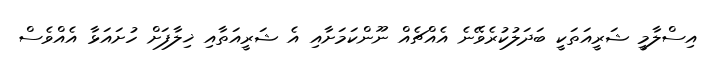
އިސްލާމީ ޝަރީއަަތަކީ ބަދަލުކުރެވޭނެ އެއްޗެއް ނޫންކަމަށާއި އެ ޝަރީއަތާއި ޚިލާފަށް ހުށައަޅާ އެއްވެސް